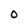
Character: O